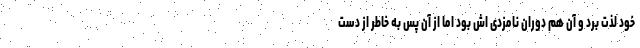
خود لذت برد و آن هم دوران نامزدی اش بود اما از آن پس به خاطر از دست